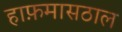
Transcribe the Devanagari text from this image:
हाफ़मासठाल